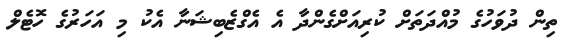
ތިން ދުވަހުގެ މުއްދަތަށް ކުރިއަށްގެންދާ އެ އެގްޒެބިޝަނާ އެކު މި އަހަރުގެ ހޮޓެލް